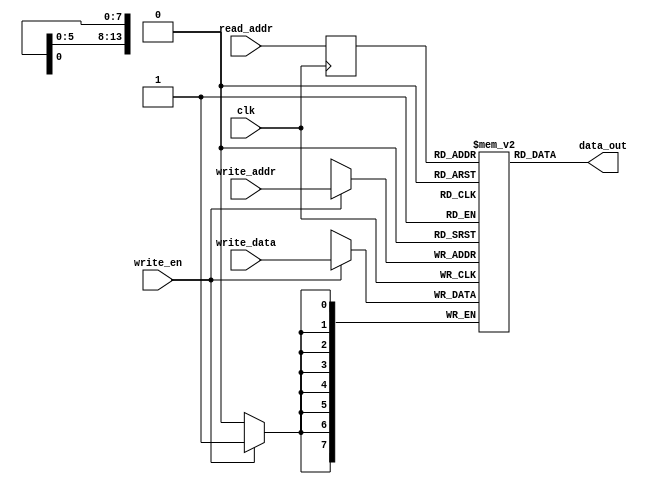
module block_ram (	//INPUTS
						clk, write_en,
						read_addr, write_addr, write_data, 
						//OUTPUT
						data_out );

parameter DATA_SIZE = 8;	// # of bits for the input/output data
parameter ADDR_SIZE = 14;	// # of bits for the input/output address
parameter DATA_ELMT = 128*128;	// # of data elements to be stored in the block ram
								
input clk;
input write_en;
input [ADDR_SIZE-1:0] read_addr, write_addr; //, debug_addr;
input [DATA_SIZE-1:0] write_data;

output [DATA_SIZE-1:0] data_out; //, debug_data_out;

reg [DATA_SIZE-1:0] reg_file[0:DATA_ELMT-1];

reg [ADDR_SIZE-1:0] read_addr_d;
assign data_out = reg_file[read_addr_d]; // modified: old rhs val: reg_file[read_addr_d]

always @ (posedge clk)
begin
	read_addr_d <= read_addr[ADDR_SIZE-1:0];
	if (write_en) begin  
		reg_file[write_addr[ADDR_SIZE-1:0]] <= write_data;
		$strobe("new value of regFile address %b : %b", write_addr, reg_file[write_addr[ADDR_SIZE-1:0]]);
	end

end


endmodule